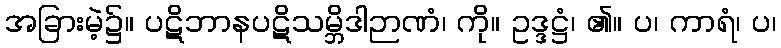
အခြားမဲ့၌။ ပဋိဘာနပဋိသမ္ဘိဒါဉာဏံ၊ ကို။ ဥဒ္ဒဋ္ဌံ၊ ၏။ ပ၊ ကာရံ၊ ပ၊